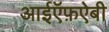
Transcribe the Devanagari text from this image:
आईऍफ़ऐबी